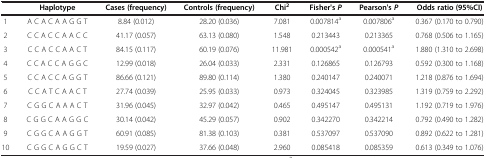
<table><thead><tr><td><b> </b></td><td><b>Haplotype</b></td><td><b>Cases (frequency)</b></td><td><b>Controls (frequency)</b></td><td><b>Chi<sup>2</sup></b></td><td><b>Fisher&#x27;s <i>P</i></b></td><td><b>Pearson&#x27;s <i>P</i></b></td><td><b>Odds ratio (95%CI)</b></td></tr></thead><tbody><tr><td>1</td><td>A C A C A A G G T</td><td>8.84 (0.012)</td><td>28.20 (0.036)</td><td>7.081</td><td>0.007814<sup>a</sup></td><td>0.007806<sup>a</sup></td><td>0.367 (0.170 to 0.790)</td></tr><tr><td>2</td><td>C C A C C A A C C</td><td>41.17 (0.057)</td><td>63.13 (0.080)</td><td>1.548</td><td>0.213443</td><td>0.213365</td><td>0.768 (0.506 to 1.165)</td></tr><tr><td>3</td><td>C C A C C A A C T</td><td>84.15 (0.117)</td><td>60.19 (0.076)</td><td>11.981</td><td>0.000542<sup>a</sup></td><td>0.000541<sup>a</sup></td><td>1.880 (1.310 to 2.698)</td></tr><tr><td>4</td><td>C C A C C A G G C</td><td>12.99 (0.018)</td><td>26.04 (0.033)</td><td>2.331</td><td>0.126865</td><td>0.126793</td><td>0.592 (0.300 to 1.168)</td></tr><tr><td>5</td><td>C C A C C A G G T</td><td>86.66 (0.121)</td><td>89.80 (0.114)</td><td>1.380</td><td>0.240147</td><td>0.240071</td><td>1.218 (0.876 to 1.694)</td></tr><tr><td>6</td><td>C C A T C A A C T</td><td>27.74 (0.039)</td><td>25.95 (0.033)</td><td>0.973</td><td>0.324045</td><td>0.323985</td><td>1.319 (0.759 to 2.292)</td></tr><tr><td>7</td><td>C G G C A A A C T</td><td>31.96 (0.045)</td><td>32.97 (0.042)</td><td>0.465</td><td>0.495147</td><td>0.495131</td><td>1.192 (0.719 to 1.976)</td></tr><tr><td>8</td><td>C G G C A A G G C</td><td>30.14 (0.042)</td><td>45.29 (0.057)</td><td>0.902</td><td>0.342270</td><td>0.342214</td><td>0.792 (0.490 to 1.282)</td></tr><tr><td>9</td><td>C G G C A A G G T</td><td>60.91 (0.085)</td><td>81.38 (0.103)</td><td>0.381</td><td>0.537097</td><td>0.537090</td><td>0.892 (0.622 to 1.281)</td></tr><tr><td>10</td><td>C G G C A G G C T</td><td>19.59 (0.027)</td><td>37.66 (0.048)</td><td>2.960</td><td>0.085418</td><td>0.085359</td><td>0.613 (0.349 to 1.076)</td></tr></tbody></table>